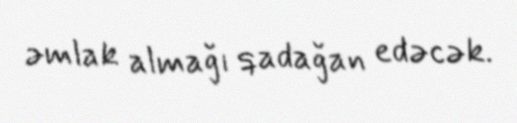
əmlak almağı qadağan edəcək.